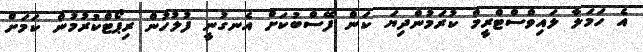
އެ ހަމަލާ ލައިވްސްޓްރީމް ކުރަމުންދިޔަ ކަން ފޭސްބުކަށް އެނގުނީ ފުލުހުން ރިޕޯޓްކުރުމުން ކަމަށް